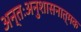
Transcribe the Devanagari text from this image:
अन्तःअनुशासनात्मक